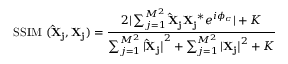
\mathrm { S S I M \ ( \mathbf { \hat { X } _ { j } } , \mathbf { X _ { j } } ) } = \frac { 2 | \sum _ { j = 1 } ^ { M ^ { 2 } } \mathbf { \hat { X } _ { j } } \mathbf { X _ { j } } ^ { * } e ^ { i \phi _ { c } } | + K } { \sum _ { j = 1 } ^ { M ^ { 2 } } | \mathbf { \hat { X } _ { j } | } ^ { 2 } + \sum _ { j = 1 } ^ { M ^ { 2 } } | \mathbf { X _ { j } | } ^ { 2 } + K }